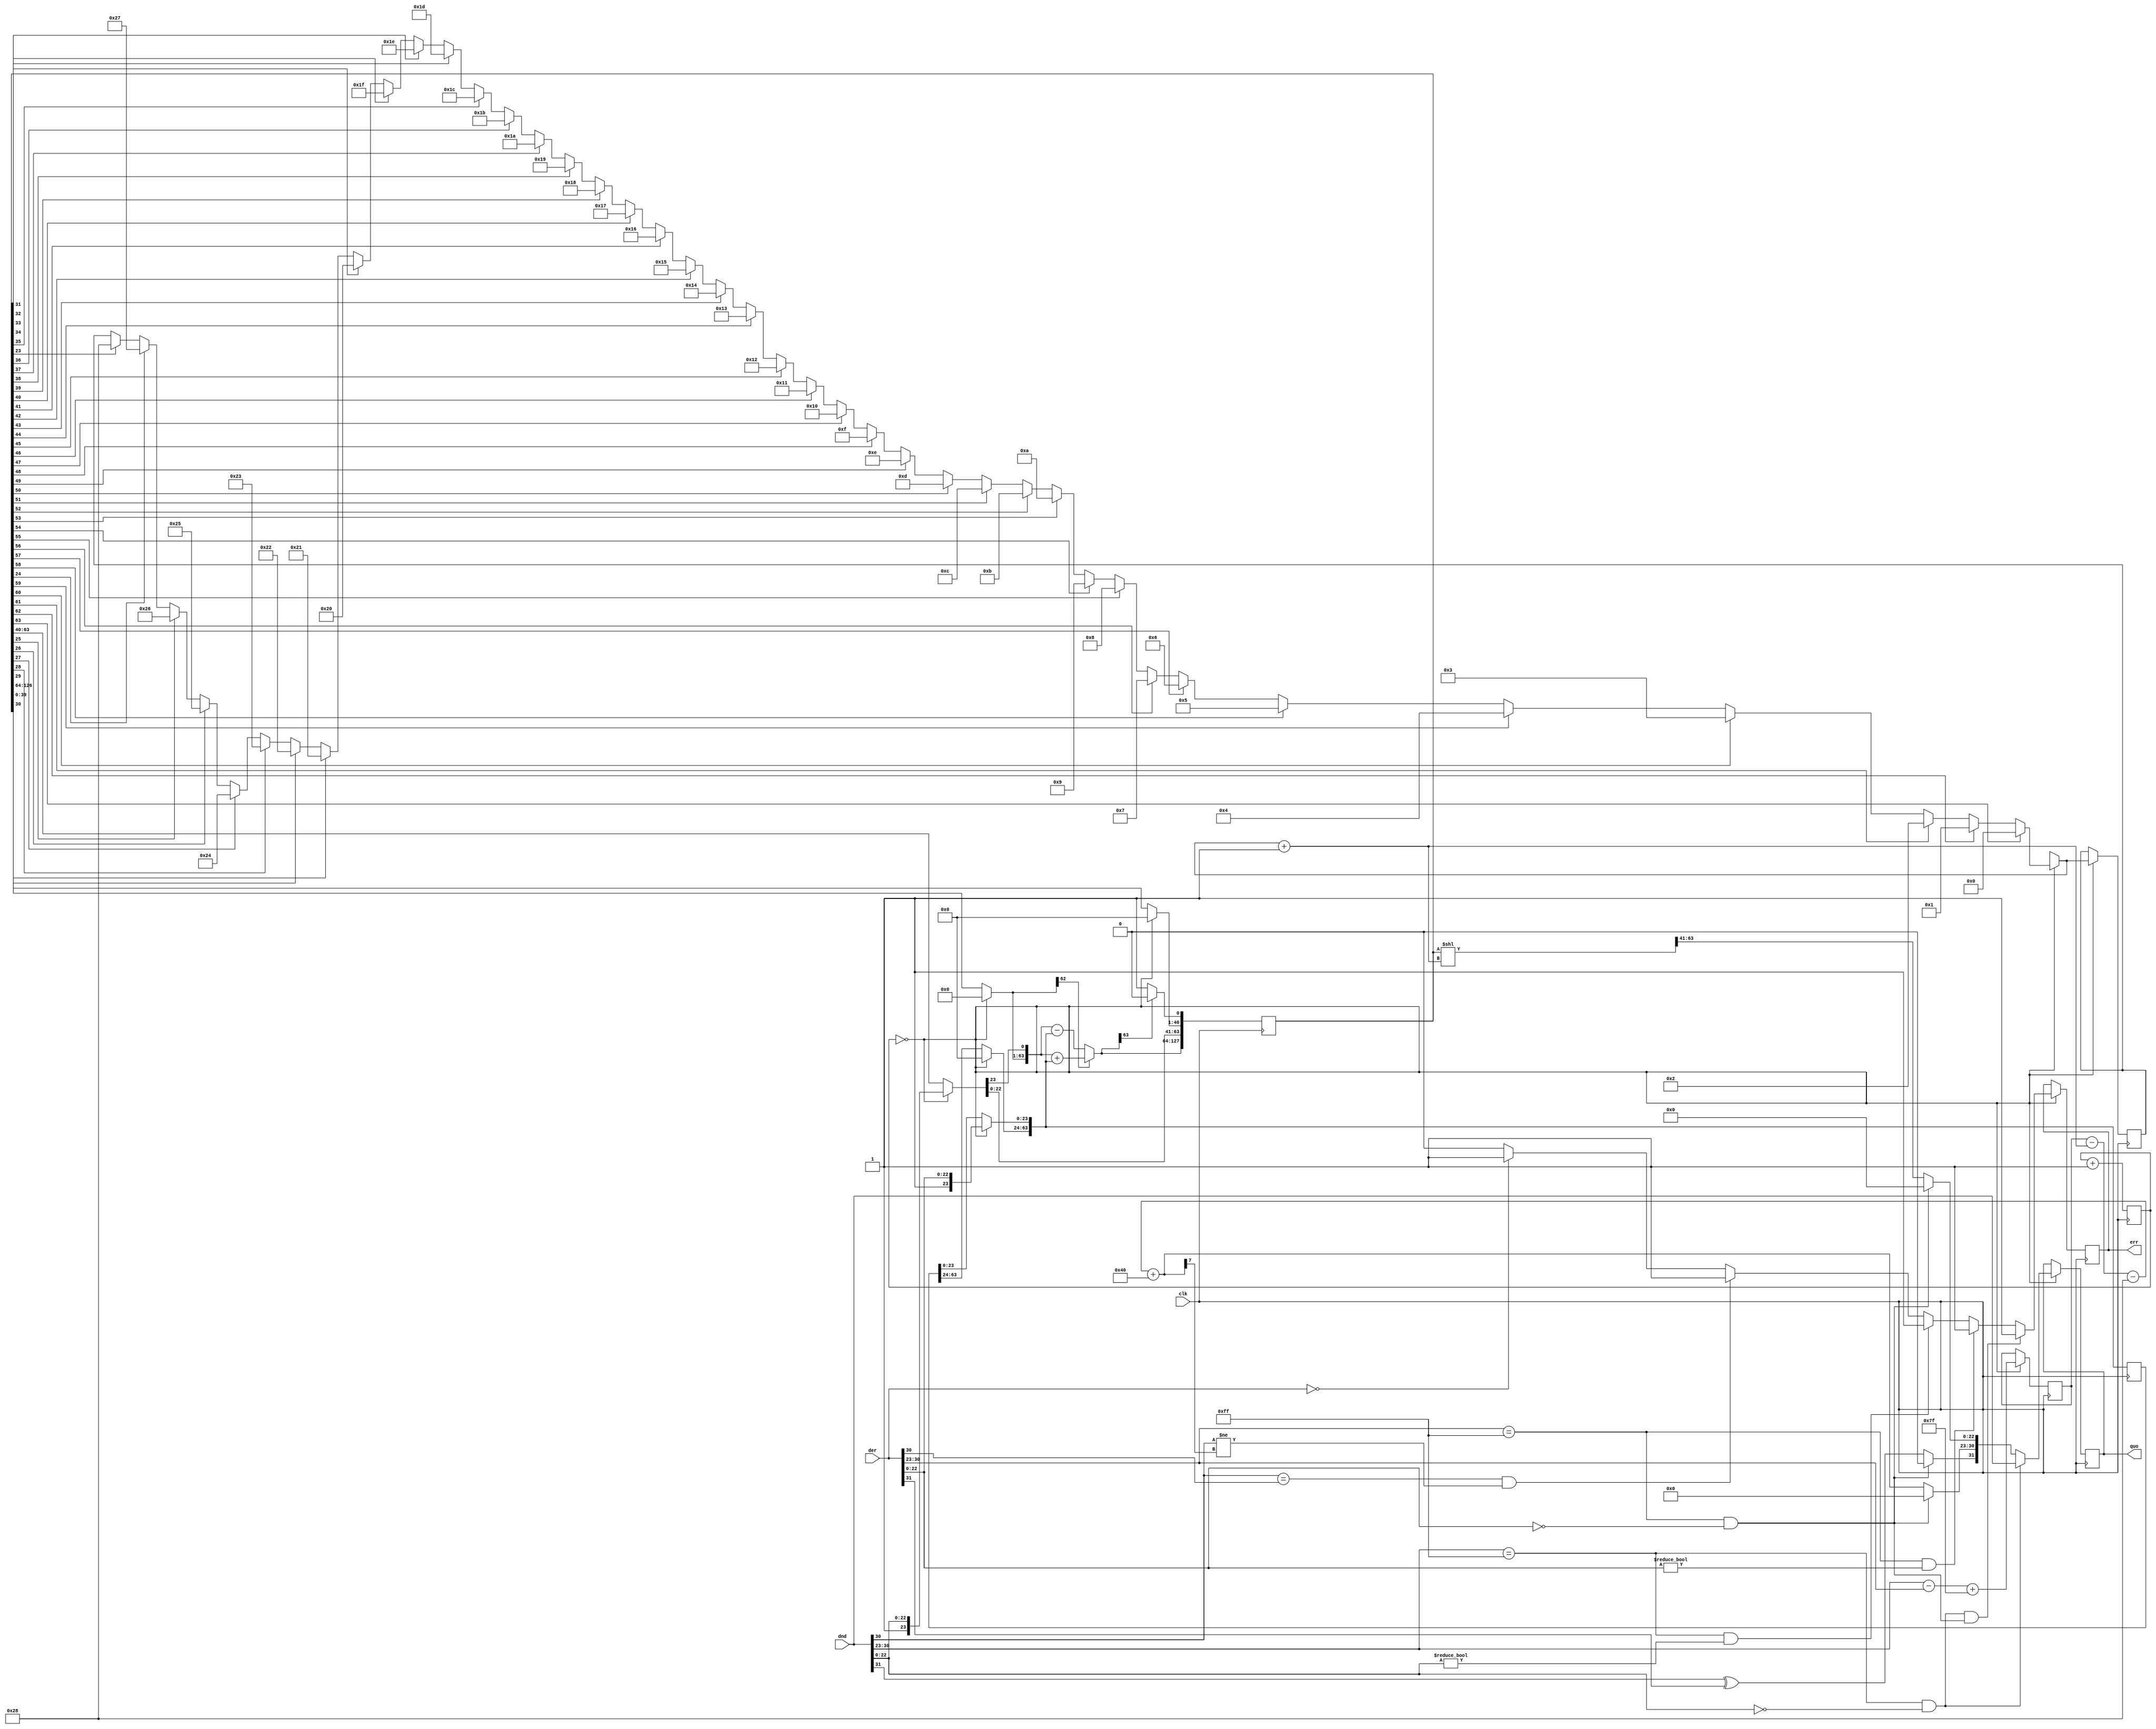
module div_float(
    input clk,
    input [31:0] dnd,
    input [31:0] der,
    output [31:0] quo,
	 output err
    );

reg errf;
reg [5:0] cnt;
reg [5:0] sft;
reg [7:0]e = 0;
reg [127:0] PA;
reg [63:0] B;
reg [31:0] res;

assign err = errf;
assign quo = res;

initial begin
	cnt = 6'b0;
	PA = 128'b0;
	res = 32'b0;
end

always @(posedge clk) begin
	if (cnt == 0) begin
		if (PA[63] == 1) begin
			sft = 0;
		end
		else if (PA[62] == 1) begin
			sft = 1;
		end
		else if (PA[61] == 1) begin
			sft = 2;
		end
		else if (PA[60] == 1) begin
			sft = 3;
		end
		else if (PA[59] == 1) begin
			sft = 4;
		end
		else if (PA[58] == 1) begin
			sft = 5;
		end
		else if (PA[57] == 1) begin
			sft = 6;
		end
		else if (PA[56] == 1) begin
			sft = 7;
		end
		else if (PA[55] == 1) begin
			sft = 8;
		end
		else if (PA[54] == 1) begin
			sft = 9;
		end
		else if (PA[53] == 1) begin
			sft = 10;
		end
		else if (PA[52] == 1) begin
			sft = 11;
		end
		else if (PA[51] == 1) begin
			sft = 12;
		end
		else if (PA[50] == 1) begin
			sft = 13;
		end
		else if (PA[49] == 1) begin
			sft = 14;
		end
		else if (PA[48] == 1) begin
			sft = 15;
		end
		else if (PA[47] == 1) begin
			sft = 16;
		end
		else if (PA[46] == 1) begin
			sft = 17;
		end
		else if (PA[45] == 1) begin
			sft = 18;
		end
		else if (PA[44] == 1) begin
			sft = 19;
		end
		else if (PA[43] == 1) begin
			sft = 20;
		end
		else if (PA[42] == 1) begin
			sft = 21;
		end
		else if (PA[41] == 1) begin
			sft = 22;
		end
		else if (PA[40] == 1) begin
			sft = 23;
		end
		else if (PA[39] == 1) begin
			sft = 24;
		end
		else if (PA[38] == 1) begin
			sft = 25;
		end
		else if (PA[37] == 1) begin
			sft = 26;
		end
		else if (PA[36] == 1) begin
			sft = 27;
		end
		else if (PA[35] == 1) begin
			sft = 28;
		end
		else if (PA[34] == 1) begin
			sft = 29;
		end
		else if (PA[33] == 1) begin
			sft = 30;
		end
		else if (PA[32] == 1) begin
			sft = 31;
		end
		else if (PA[31] == 1) begin
			sft = 32;
		end
		else if (PA[30] == 1) begin
			sft = 33;
		end
		else if (PA[29] == 1) begin
			sft = 34;
		end
		else if (PA[28] == 1) begin
			sft = 35;
		end
		else if (PA[27] == 1) begin
			sft = 36;
		end
		else if (PA[26] == 1) begin
			sft = 37;
		end
		else if (PA[25] == 1) begin
			sft = 38;
		end
		else if (PA[24] == 1) begin
			sft = 39;
		end
		else if (PA[23] == 1) begin
			sft = 40;
		end
		
		e = e - (sft+1) - 40 + 64;
		PA = PA << (sft+1);
		
		errf = 0;
		
		if (der == 0)
			errf = 1;
		if ((dnd[30] == der[30]) && (dnd[30] != e[7]))
			errf = 1;
		if ((dnd[30:23] == 8'b11111111) && (dnd[22:0] != 0))
			errf = 1;
		if ((der[30:23] == 8'b11111111) && (der[22:0] != 0))
			errf = 1;
		if (((dnd[30:23] == 8'b11111111) && (dnd[22:0] == 0)) && ((der[30:23] == 8'b11111111) && (der[22:0] == 0)))
			errf = 1;
		
		if ((dnd[30:23] == 8'b11111111) && (dnd[22:0] == 0)) begin
			res = dnd;
		end
		else if ((der[30:23] == 8'b11111111) && (der[22:0] == 0)) begin
			res = 32'b0;
		end
		else begin
			res[31] = dnd[31] ^ der[31];
			res[30:23] = e;
			res[22:0] = PA[63:41];
		end
		
		// initialization
		PA = 0;
		PA[63:40] = {1, dnd[22:0]};
		B = 0;
		B[23:0] = {1, der[22:0]};
		e = dnd[30:23] - der[30:23] + 127;
	end
	PA = PA << 1;
	//----------------------
	if (PA[127] == 1) begin
		PA[127:64] = PA[127:64] + B;
	end
	else begin
		PA[127:64] = PA[127:64] - B;
	end
	//----------------------
	if (PA[127] == 1) begin
		PA[0] = 0;
	end
	else begin
		PA[0] = 1;
	end
	//----------------------
	cnt = cnt + 1;
end

endmodule